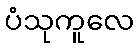
ပံသုကူလေ